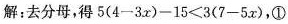
解：去分母，得5(4-3x)-15≤3(7-5x)，①